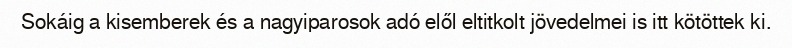
Sokáig a kisemberek és a nagyiparosok adó elől eltitkolt jövedelmei is itt kötöttek ki.